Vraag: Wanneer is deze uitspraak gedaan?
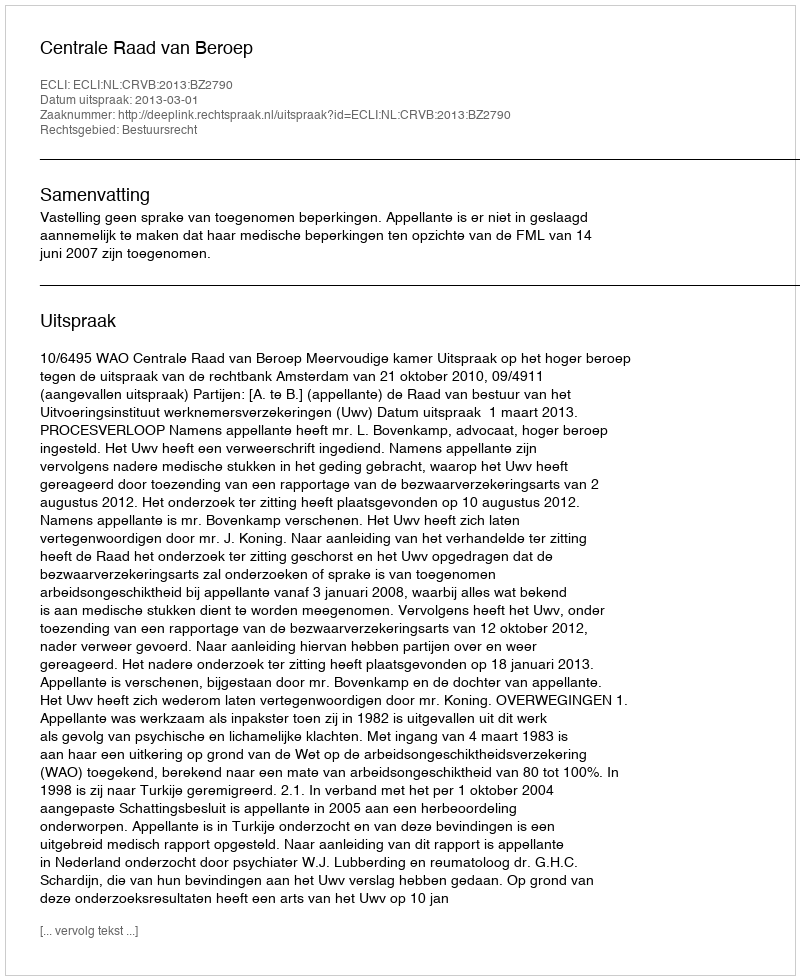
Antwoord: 2013-03-01